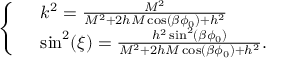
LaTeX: \left\{ \begin{array} { l l } { { } } & { { k ^ { 2 } = \frac { M ^ { 2 } } { M ^ { 2 } + 2 h M \cos ( \beta \phi _ { 0 } ) + h ^ { 2 } } } } \\ { { } } & { { \sin ^ { 2 } ( \xi ) = \frac { h ^ { 2 } \sin ^ { 2 } ( \beta \phi _ { 0 } ) } { M ^ { 2 } + 2 h M \cos ( \beta \phi _ { 0 } ) + h ^ { 2 } } . } } \end{array} \right.